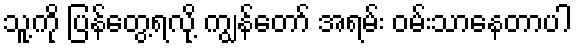
သူ့ကို ပြန်တွေ့ရလို့ ကျွန်တော် အရမ်း ဝမ်းသာနေတာပါ